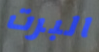
البرت